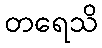
တရေသိ